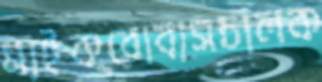
মাইক্রোবাসচালক